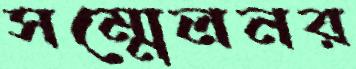
সম্মেলনর